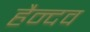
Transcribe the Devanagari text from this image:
हैन्दव